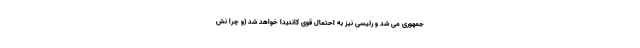
جمهوری می شد و رئیسی نیز به احتمال قوی کاندیدا خواهد شد (و چرا نش